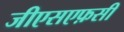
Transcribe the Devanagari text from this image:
जीएसएफ़सी